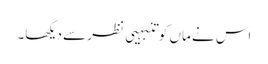
اس نے ماں کو تنبہیی نظر سے دیکھا۔